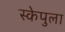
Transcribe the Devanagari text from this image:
स्केपुला